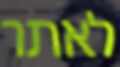
לאתר